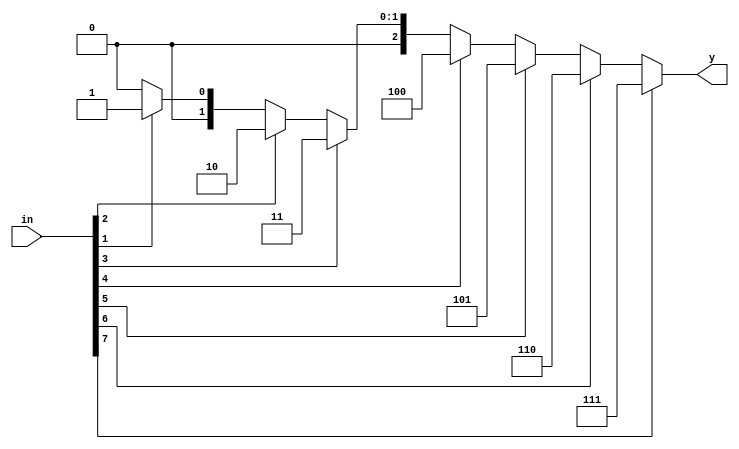
module priority_encoder_8to3 (
	input [7:0] in,
	output reg [2:0] y);
always@(*)
begin
if (in[7])
	y=3'b111;
else if (in[6])
	y=3'b110;
else if (in[5])
	y=3'b101;
else if (in[4])
	y=3'b100;
else if (in[3])
	y=3'b011;
else if (in[2])
	y=3'b010;
else if (in[1])
	y=3'b001;
else
	y=3'b000;
end
endmodule